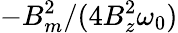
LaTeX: -B_{m}^{2}/(4B_{z}^{2}\omega_{0})